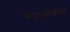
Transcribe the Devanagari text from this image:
कैट्रामोडोस